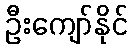
ဦးကျော်နိုင်